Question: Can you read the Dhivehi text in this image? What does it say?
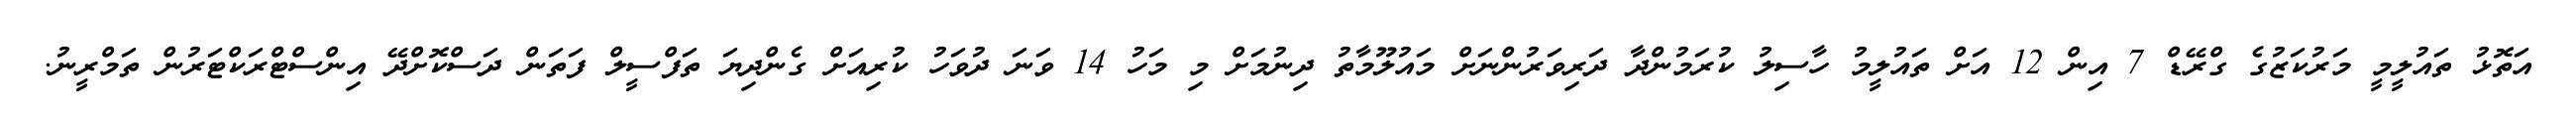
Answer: އަތޮޅު ތައުލީމީ މަރުކަޒުގެ ގްރޭޑް 7 އިން 12 އަށް ތައުލީމު ހާސިލު ކުރަމުންދާ ދަރިވަރުންނަށް މައުލޫމާތު ދިނުމަށް މި މަހު 14 ވަނަ ދުވަހު ކުރިއަށް ގެންދިޔަ ތަފްސީލް ފަތަން ދަސްކޮށްދޭ އިންސްޓްރަކްޓަރުން ތަމްރީނު.